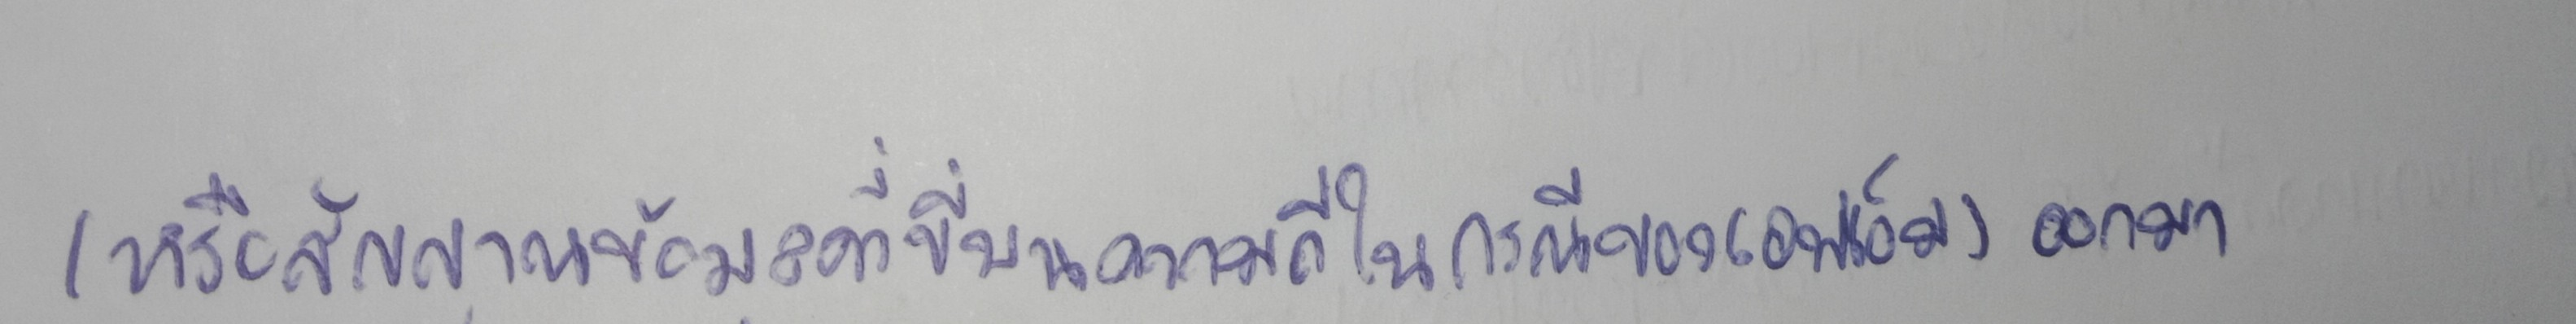
(หรือสัญญาณข้อมูลที่ขี่บนความถี่ในกรณีของเอฟเอ็ม)ออกมา